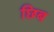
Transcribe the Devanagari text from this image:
छिब